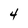
Character: 4